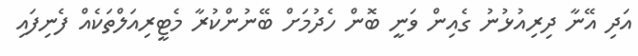
އަދި އޭނާ ދިރިއުޅުނު ގެއިން ވަނީ ބޮން ހެދުމަށް ބޭނުންކުރާ މެޓީރިއަލްތަކެއް ފެނިފައި